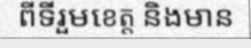
ពីទីរួមខេត្ត និងមាន